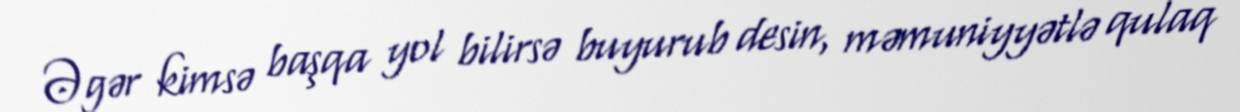
Əgər kimsə başqa yol bilirsə buyurub desin, məmuniyyətlə qulaq